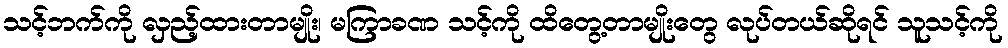
သင့်ဘက်ကို လှည့်ထားတာမျိုး၊ မကြာခဏ သင့်ကို ထိတွေ့တာမျိုးတွေ လုပ်တယ်ဆိုရင် သူသင့်ကို